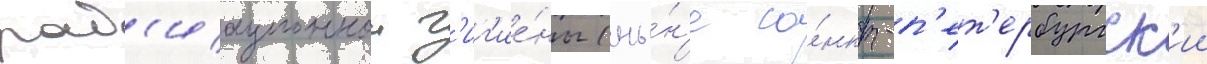
рад'иационнои г'иг'ие́ны (ны́н'е са́нкт-п'ет'ербургск'ии